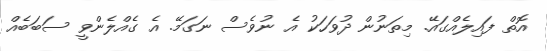
އޮތް ފައިލެއްގައޭ. މިތަނުން ދުވަހަކު އެ ނުވެސް ނަގަމޭ. އެ ގެއްލެންވީ ސަބަބެއް